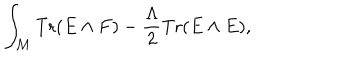
\int _ { \cal M } \mathrm { T r } ( E \wedge F ) - { \frac { \Lambda } { 2 } } \mathrm { T r } ( E \wedge E ) ,